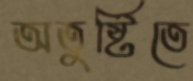
অতুষ্টিতে